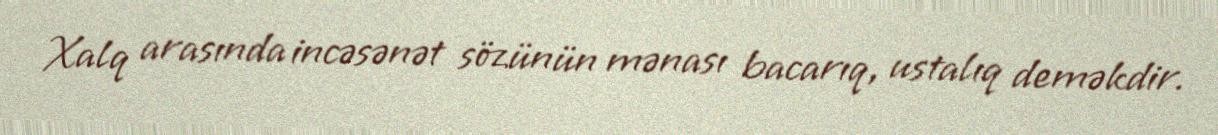
Xalq arasında incəsənət sözünün mənası bacarıq, ustalıq deməkdir.